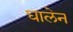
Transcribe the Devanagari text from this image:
घालेन